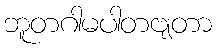
ဘူတဂါမပါတဗျတာ